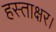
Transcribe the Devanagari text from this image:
हस्ताक्षर।